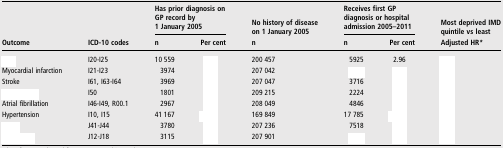
<table><thead><tr><td>[EMPTY_CELL]</td><td>[EMPTY_CELL]</td><td colspan="2"><b>Has prior diagnosis on GP record by 1 January 2005</b></td><td><b>No history of disease on 1 January 2005</b></td><td colspan="2"><b>Receives first GP diagnosis or hospital admission 2005–2011</b></td><td><b>Most deprived IMD quintile vs least</b></td></tr><tr><td><b>Outcome</b></td><td><b>ICD-10 codes</b></td><td><b>n</b></td><td><b>Per cent</b></td><td><b>n</b></td><td><b>n</b></td><td><b>Per cent</b></td><td><b>Adjusted HR*</b></td></tr></thead><tbody><tr><td>[EMPTY_CELL]</td><td>I20-I25</td><td>10 559</td><td>[EMPTY_CELL]</td><td>200 457</td><td>5925</td><td>2.96</td><td>[EMPTY_CELL]</td></tr><tr><td>Myocardial infarction</td><td>I21-I23</td><td>3974</td><td>[EMPTY_CELL]</td><td>207 042</td><td>[EMPTY_CELL]</td><td>[EMPTY_CELL]</td><td>[EMPTY_CELL]</td></tr><tr><td>Stroke</td><td>I61, I63-I64</td><td>3969</td><td>[EMPTY_CELL]</td><td>207 047</td><td>3716</td><td>[EMPTY_CELL]</td><td>[EMPTY_CELL]</td></tr><tr><td>[EMPTY_CELL]</td><td>I50</td><td>1801</td><td>[EMPTY_CELL]</td><td>209 215</td><td>2224</td><td>[EMPTY_CELL]</td><td>[EMPTY_CELL]</td></tr><tr><td>Atrial fibrillation</td><td>I46-I49, R00.1</td><td>2967</td><td>[EMPTY_CELL]</td><td>208 049</td><td>4846</td><td>[EMPTY_CELL]</td><td>[EMPTY_CELL]</td></tr><tr><td>Hypertension</td><td>I10, I15</td><td>41 167</td><td>[EMPTY_CELL]</td><td>169 849</td><td>17 785</td><td>[EMPTY_CELL]</td><td>[EMPTY_CELL]</td></tr><tr><td>[EMPTY_CELL]</td><td>J41-J44</td><td>3780</td><td>[EMPTY_CELL]</td><td>207 236</td><td>7518</td><td>[EMPTY_CELL]</td><td>[EMPTY_CELL]</td></tr><tr><td>[EMPTY_CELL]</td><td>J12-J18</td><td>3115</td><td>[EMPTY_CELL]</td><td>207 901</td><td>[EMPTY_CELL]</td><td>[EMPTY_CELL]</td><td>[EMPTY_CELL]</td></tr></tbody></table>